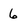
Character: 6